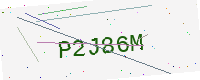
Text: P2J86M